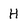
Character: H